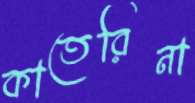
কাতেরিনা